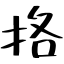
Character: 挌